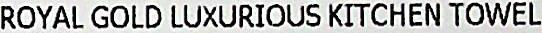
ROYAL GOLD LUXURIOUS KITCHEN TOWEL